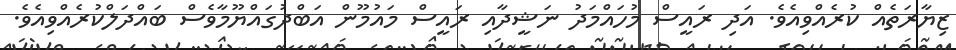
ޒިޔާރަތެއް ކުރެއްވިއެވެ. އަދި ރައީސް މުހައްމަދު ނަޝީދާއި ރައީސް މައުމޫން އަބްދުގައްޔޫމާވެސް ބައްދަލްކުރެއްވިއެވެ.